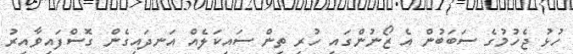
ހުޅު ޖެހުމުގެ ސަބަބުން އެ ޒޯނުންގައި ހުރި ތިން ސައިކަލެއް އަނދައިގެން ގޮސްފައިވާއިރު